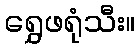
ရွှေဖရုံသီး။